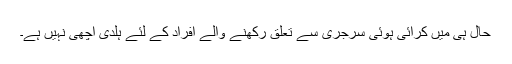
حال ہی میں کرائی ہوئی سرجری سے تعلق رکھنے والے افراد کے لئے ہلدی اچھی نہیں ہے۔